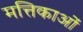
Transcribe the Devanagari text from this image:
मत्तिकाओं